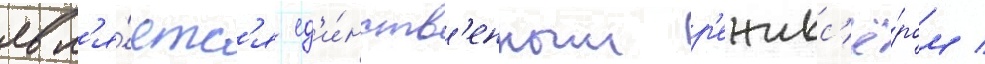
явл'я́етс'я ед'и́нств'енным р'ежисс'ё́ром /